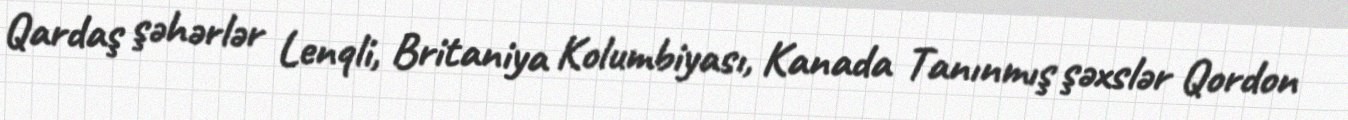
Qardaş şəhərlər Lenqli, Britaniya Kolumbiyası, Kanada Tanınmış şəxslər Qordon